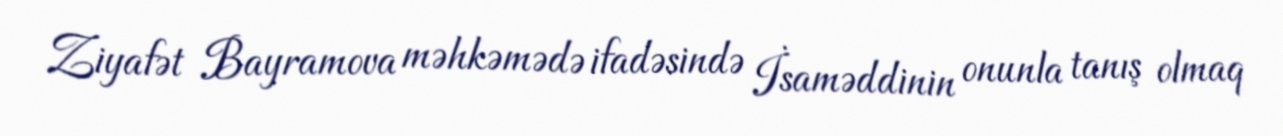
Ziyafət Bayramova məhkəmədə ifadəsində İsaməddinin onunla tanış olmaq